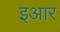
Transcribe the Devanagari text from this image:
इआर